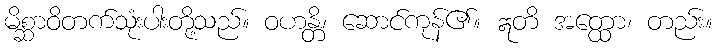
မိစ္ဆာဝိတက်သုံးပါးတို့သည်။ ဝဟန္တိ၊ ဆောင်ကုန်၏။ ဣတိ အတ္ထော၊ တည်း။